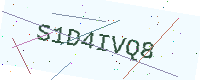
Text: S1D4IVQ8